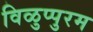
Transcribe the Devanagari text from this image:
विळुप्पुरम